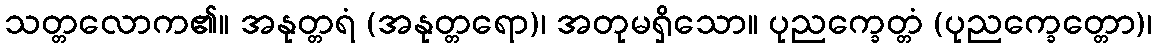
သတ္တလောက၏။ အနုတ္တရံ (အနုတ္တရော)၊ အတုမရှိသော။ ပုညက္ခေတ္တံ (ပုညက္ခေတ္တော)၊